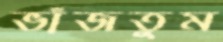
ভাঁজতুম